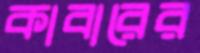
কাবারের